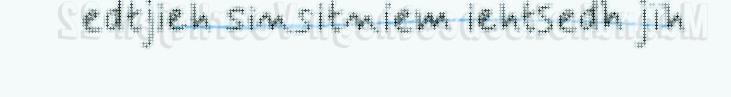
edtjieh sinsitniem iehtsedh jïh